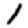
Digit: 1